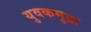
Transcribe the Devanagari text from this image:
युवकमुद्रा